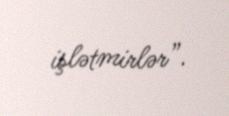
işlətmirlər”.